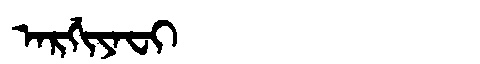
Manchu: ᠠᡵᡤᡳᠶᠠᠸᡳ
Romanization: ARGIYAFI